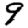
Digit: 9